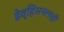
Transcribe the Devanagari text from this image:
डेव्हिसनलाही